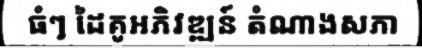
ធំៗ ដៃគូអភិវឌ្ឍន៍ តំណាងសភា